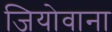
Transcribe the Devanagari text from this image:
जियोवाना